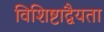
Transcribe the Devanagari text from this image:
विशिष्टाद्वैयता